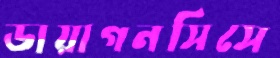
ডায়াগনসিসে